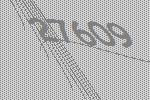
27609